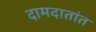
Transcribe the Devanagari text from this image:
दामदातांत